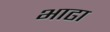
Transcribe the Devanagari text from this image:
भाढा